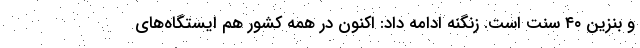
و بنزین ۴۰ سنت است. زنگنه ادامه داد: اکنون در همه کشور هم ایستگاه‌های